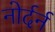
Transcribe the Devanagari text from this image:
नोर्दर्न